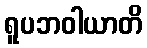
ရူပဘဝါယာတိ